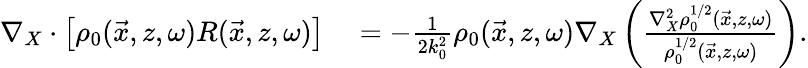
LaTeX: \begin{array}{rl}{\nabla_{X}\cdot\left[\rho_{0}(\vec{x},z,\omega)R(\vec{x},z,\omega)\right]}&{{}=-\frac{1}{2k_{0}^{2}}\rho_{0}(\vec{x},z,\omega)\nabla_{X}\left(\frac{\nabla_{X}^{2}\rho_{0}^{1/2}(\vec{x},z,\omega)}{\rho_{0}^{1/2}(\vec{x},z,\omega)}\right).}\end{array}